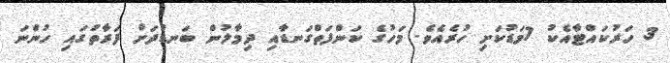
3 ހަރުކައްޓާއެކު 7މަޑުކަށި ހުރެއެވެ. މަހުގެ ކަންފަތްގަނޑާއި ދިމާލުން ބަނޑުދަށް ފަރާތުގައި ހުންނަ